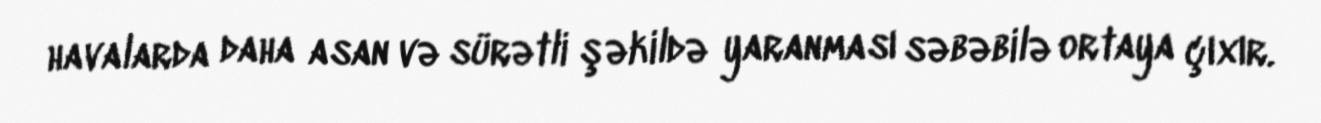
havalarda daha asan və sürətli şəkildə yaranması səbəbilə ortaya çıxır.